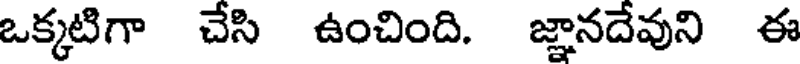
ఒక్కటిగా చేసి ఉంచింది. జ్ఞానదేవుని ఈ